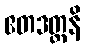
ဧတဒတ္တနိ